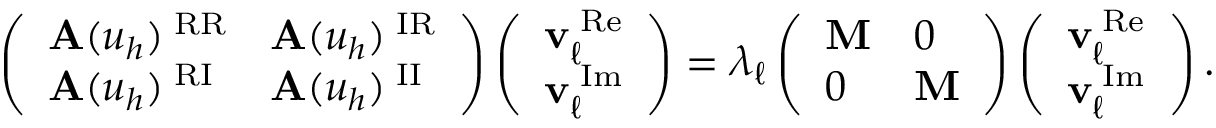
\begin{array} { r } { \left( \begin{array} { l l } { \mathbf { A } ( u _ { h } ) ^ { \mathrm { \tiny \mathrm { ~ R R } } } } & { \mathbf { A } ( u _ { h } ) ^ { \mathrm { \tiny \mathrm { ~ I R } } } } \\ { \mathbf { A } ( u _ { h } ) ^ { \mathrm { \tiny \mathrm { ~ R I } } } } & { \mathbf { A } ( u _ { h } ) ^ { \mathrm { \tiny \mathrm { ~ I I } } } } \end{array} \right) \left( \begin{array} { l } { \mathbf { v } _ { \ell } ^ { \mathrm { \tiny \mathrm { ~ R e } } } } \\ { \mathbf { v } _ { \ell } ^ { \mathrm { \tiny \mathrm { ~ I m } } } } \end{array} \right) = \lambda _ { \ell } \left( \begin{array} { l l } { \mathbf { M } } & { 0 } \\ { 0 } & { \mathbf { M } } \end{array} \right) \left( \begin{array} { l } { \mathbf { v } _ { \ell } ^ { \mathrm { \tiny \mathrm { ~ R e } } } } \\ { \mathbf { v } _ { \ell } ^ { \mathrm { \tiny \mathrm { ~ I m } } } } \end{array} \right) . } \end{array}